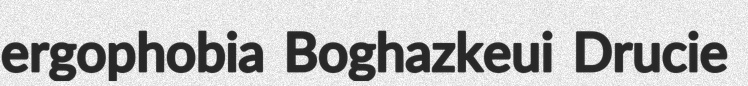
ergophobia Boghazkeui Drucie